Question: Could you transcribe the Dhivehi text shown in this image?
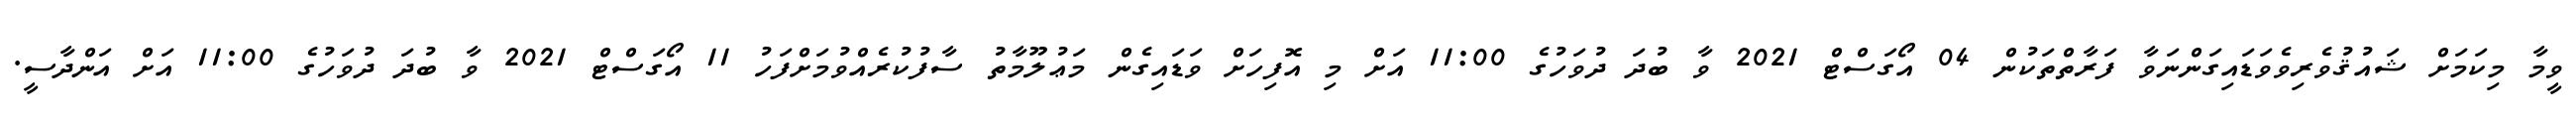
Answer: ވީމާ މިކަމަށް ޝައުޤުވެރިވެވަޑައިގަންނަވާ ފަރާތްތަކުން 04 އޯގަސްޓް 2021 ވާ ބުދަ ދުވަހުގެ 11:00 އަށް މި އޮފިހަށް ވަޑައިގެން މަޢުލޫމާތު ސާފުކުރެއްވުމަށްފަހު 11 އޯގަސްޓް 2021 ވާ ބުދަ ދުވަހުގެ 11:00 އަށް އަންދާސީ.